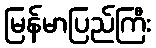
မြန်မာပြည်ကြီး